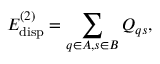
E _ { \mathrm { d i s p } } ^ { ( 2 ) } = \sum _ { q \in A , s \in B } Q _ { q s } ,